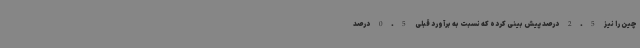
چین را نیز 2.5 درصد پیش بینی کرده که نسبت به برآورد قبلی 0.5 درصد